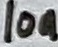
Text: 10n